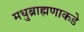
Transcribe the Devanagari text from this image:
मधुब्राह्मणाकडे